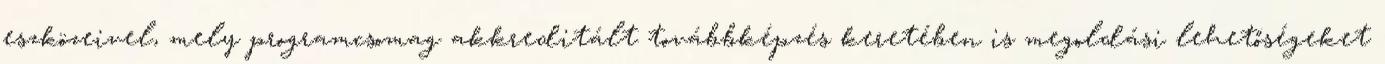
eszközeivel, mely programcsomag akkreditált továbbképzés keretében is megoldási lehetőségeket